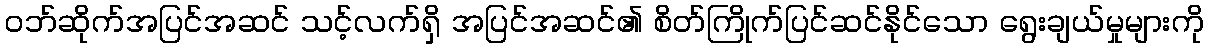
ဝဘ်ဆိုက်အပြင်အဆင် သင့်လက်ရှိ အပြင်အဆင်၏ စိတ်ကြိုက်ပြင်ဆင်နိုင်သော ရွေးချယ်မှုများကို